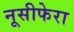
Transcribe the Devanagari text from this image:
नूसीफेरा